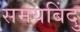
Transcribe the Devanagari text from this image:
समयबिंदु